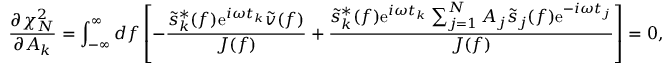
\frac { \partial \chi _ { N } ^ { 2 } } { \partial A _ { k } } = \int _ { - \infty } ^ { \infty } \mathop { d f } \left[ - \frac { \tilde { s } _ { k } ^ { * } ( f ) \mathrm { e } ^ { i \omega t _ { k } } \tilde { v } ( f ) } { J ( f ) } + \frac { \tilde { s } _ { k } ^ { * } ( f ) \mathrm { e } ^ { i \omega t _ { k } } \sum _ { j = 1 } ^ { N } A _ { j } \tilde { s } _ { j } ( f ) \mathrm { e } ^ { - i \omega t _ { j } } } { J ( f ) } \right] = 0 ,